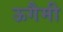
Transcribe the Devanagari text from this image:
ऊगैमी